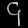
Digit: ၄